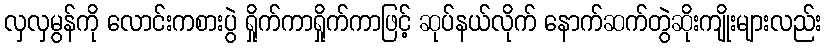
လှလှမွန်ကို လောင်းကစားပွဲ ရှိုက်ကာရှိုက်ကာဖြင့် ဆုပ်နယ်လိုက် နောက်ဆက်တွဲဆိုးကျိုးများလည်း